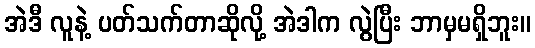
အဲဒီ လူနဲ့ ပတ်သက်တာဆိုလို့ အဲဒါက လွဲပြီး ဘာမှမရှိဘူး။